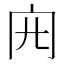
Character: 𠕍